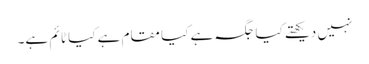
نہیں دیکھتے کیا جگہ ہے کیا مقام ہے کیا ٹا ئم ہے۔